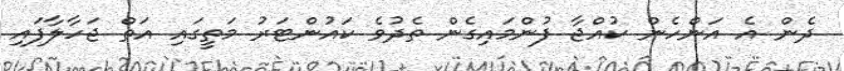
ދެން އެ އަންހެން ކުއްޖާ ފުންމައިގެން ތެދުވެ ކައުންޓަރު މަތީގައި އަތް ޖަހާލާފައި